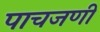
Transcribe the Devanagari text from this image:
पाचजणी